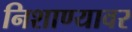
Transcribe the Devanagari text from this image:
निशाण्यावर